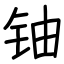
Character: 铀